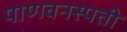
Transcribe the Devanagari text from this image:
पाणवनस्पती